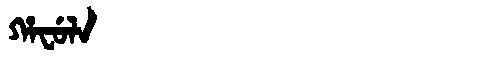
Manchu: ᡥᠠᠸᡠᠯᠠ
Romanization: HAFULA